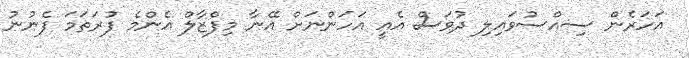
އަހަރެން ސިއްސުވައިލި ދުވަސް އެއީ އަހަންނަށް އޭނާ މިފްޒާލް އެންމެ ފުރަތަމަ ފެނުނު